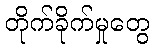
တိုက်ခိုက်မှုတွေ